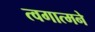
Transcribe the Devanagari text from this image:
त्वगात्मने